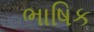
ભાષિક